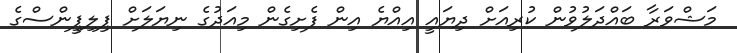
މަޝްވަރާ ބައްދަލުވުން ކުރިއަށް ދިޔައީ އިއްޔެ އިން ފެށިގެން މިއަދުގެ ނިޔަލަށް ޕިލިޕީންސްގެ